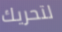
لتحريك